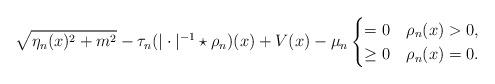
LaTeX: \begin{align*}\sqrt{\eta_{n}(x)^{2}+m^{2}}-\tau_{n}(|\cdot|^{-1}\star\rho_{n})(x)+V(x)-\mu_{n}\begin{cases}=0 & \rho_{n}(x)>0,\\\geq0 & \rho_{n}(x)=0.\end{cases}\end{align*}